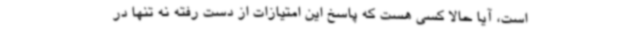
است، آیا حالا کسی هست که پاسخ این امتیازات از دست رفته نه تنها در